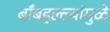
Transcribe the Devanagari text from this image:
बाँबहल्ल्यांमुळे